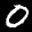
Label: 0